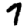
Digit: 7